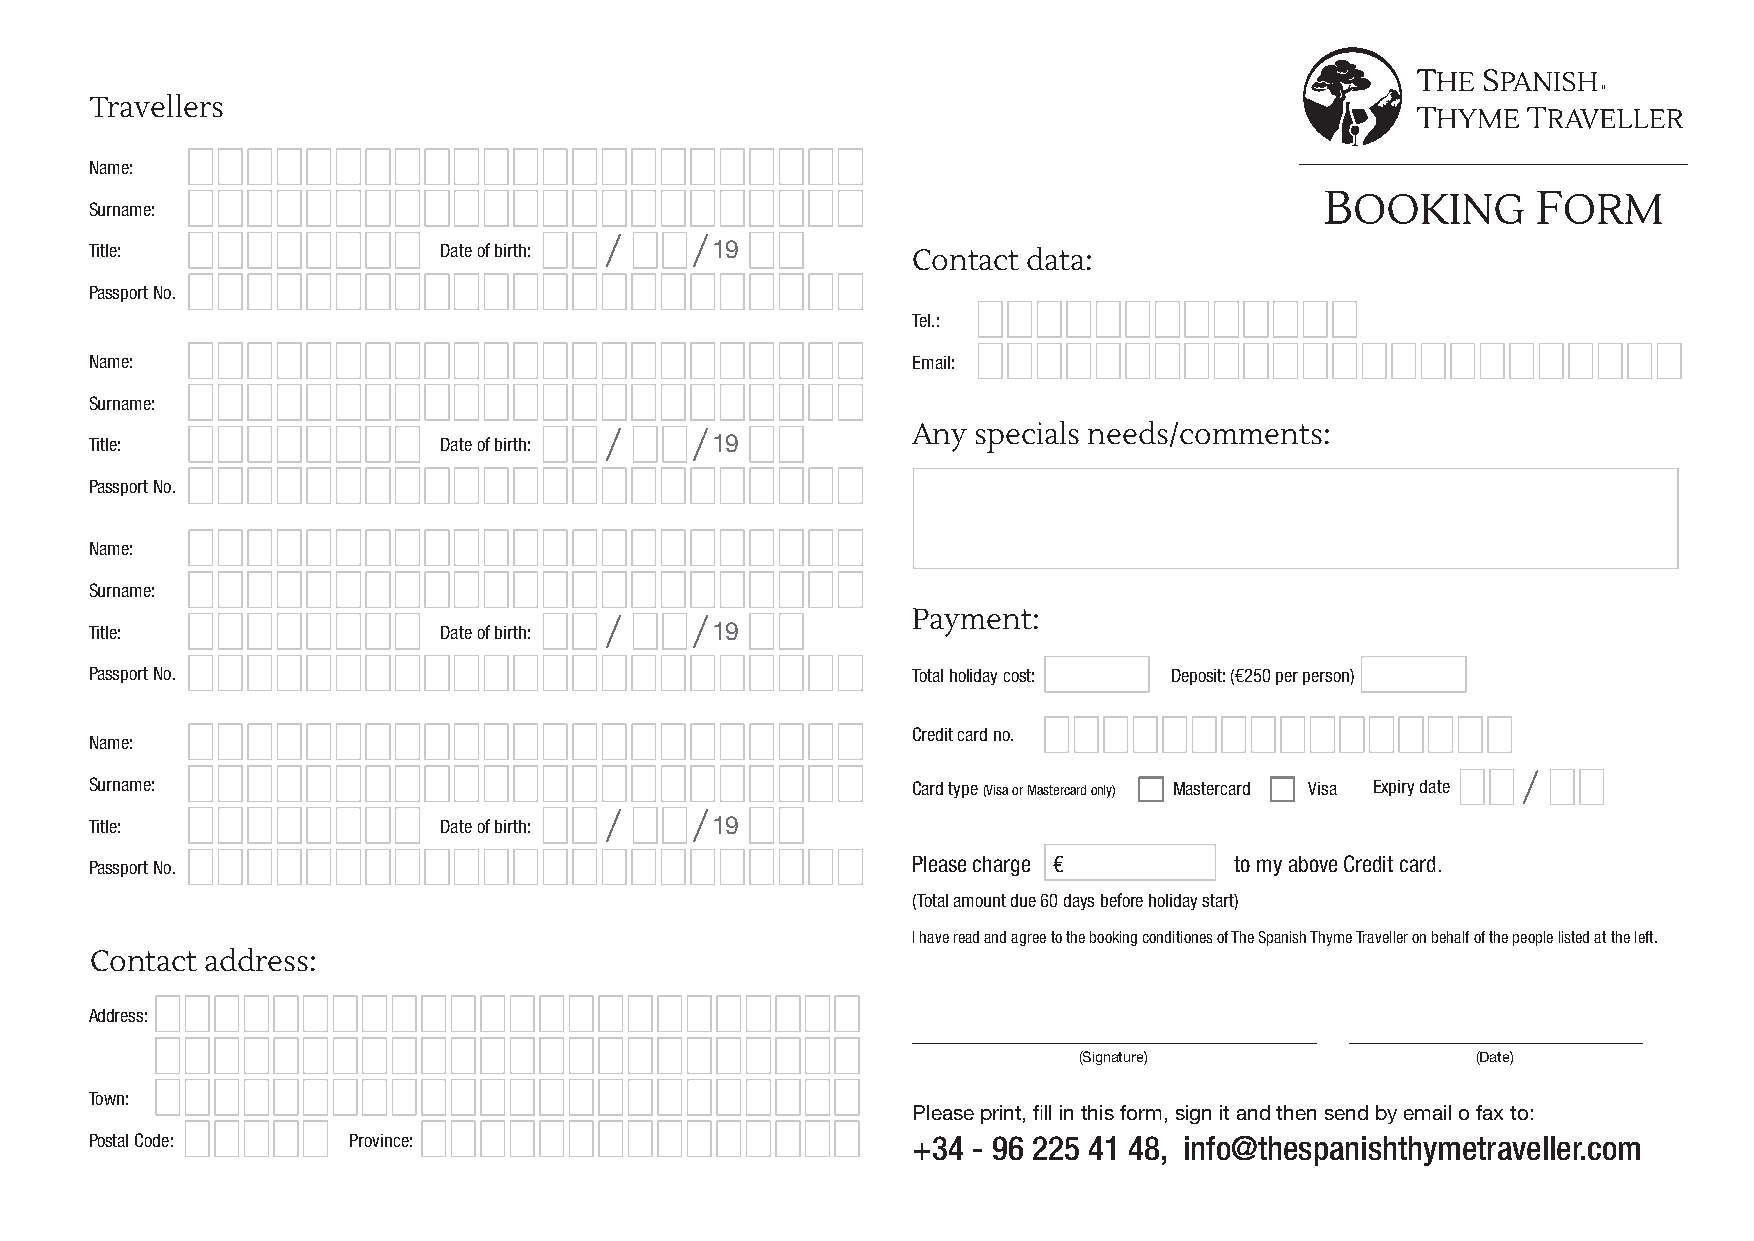
Travellers
 Name:
 Surname:
 Title:                 Date of birth:    19
 Contact data:
 Passport No.
 Tel.:
 Name:                                                 Email:
 Surname:
 Any  specials needs/comments:
 Title:                 Date of birth:    19
 Passport No.
 Name:
 Surname:
 Payment:
 Title:                 Date of birth:    19
 Passport No.                                          Total holiday cost: Deposit: (€250 per person)
 Credit card no.
 Name:
 Surname:                                              Card type (Visa or Mastercard only) Mastercard Visa Expiry date
 Title:                 Date of birth:    19
 Passport No.                                          Please charge €       to my above Credit card.
 (Total amount due 60 days before holiday start)
 I have read and agree to the booking conditiones of The Spanish Thyme Traveller on behalf of the people listed at the left.
 Contact address:
 Address:
 (Signature)                (Date)
 Town:
 Please print, fill in this form, sign it and then send by email o fax to:
 Postal Code:     Province:                            +34 - 96 225 41 48, info@thespanishthymetraveller.com